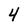
Character: 4